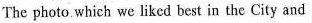
The photo which we liked best in the City and